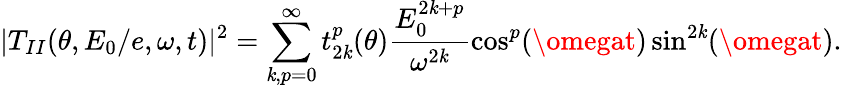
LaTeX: |T_{II}(\theta,E_{0}/e,\omega,t)|^{2}=\sum_{\mathit{k},p=0}^{\infty}t_{2\mathit{k}}^{p}(\theta)\frac{{E_{0}^{2\mathit{k}+p}}}{{\omega^{2\mathit{k}}}}\cos^{p}(\omegat)\sin^{2\mathit{k}}(\omegat).